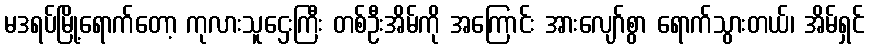
မဒရပ်မြို့ရောက်တော့ ကုလားသူဌေးကြီး တစ်ဦးအိမ်ကို အကြောင်း အားလျော်စွာ ရောက်သွားတယ်၊ အိမ်ရှင်